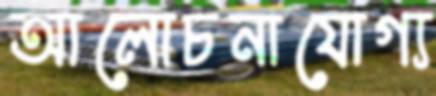
আলোচনাযোগ্য